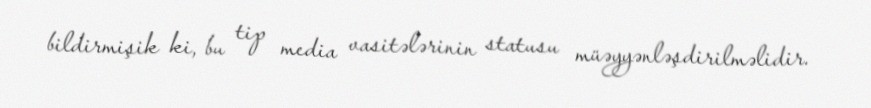
bildirmişik ki, bu tip media vasitələrinin statusu müəyyənləşdirilməlidir.